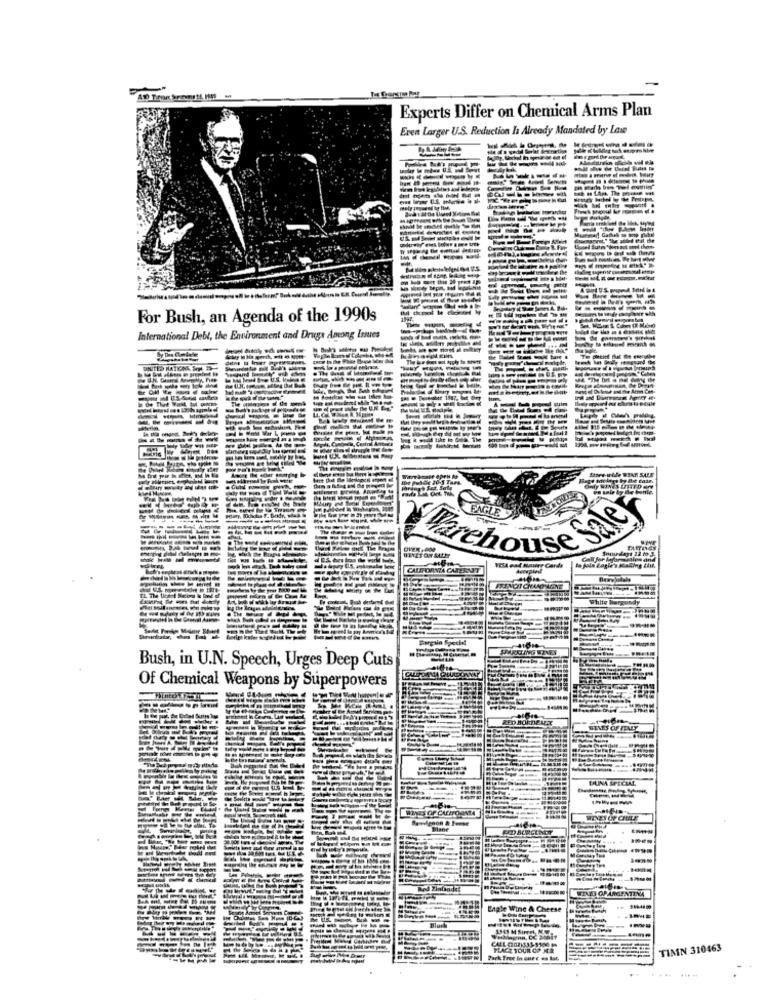
Experts Differ on Chemical Arms Plan
Even Larger U.S. Reduction la Already Mandated by Law
-------
For Bush, an Agenda of the 1990s
International Debl, the Environment and Drugs Among Issues
--
WHAT SALE
-------
FAGLE
Perchous
wales and
----
VISA ead Maury Cards
to join Eagle's stalling fhf.
FRINGIT CHUND WANE
White Nergundy
Bush, in U.N. Speech, Urges Deep Cuts
FORMA CHARDO
Of Chemical Weapons by Superpowers
------
DUNA SPECIAL
------
WIVES OF CHAE
Elane
---------
Red Zinfandel
OPARGENTINA
Eagle Wine & Cheese
CALL GOALSSOM
PLACE YOUR OP ME
TIMN 310463
Park Tree In our c es Bat.
........